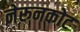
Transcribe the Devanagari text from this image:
नेरूनकोट